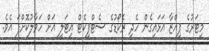
މީޓަރުގެ ޕިއްޒާ އަޅައިގެން ހެދި ރެކޯޑުގެ ސެޓްފިކެޓް އިޓަލީ އަށް ހަވާލުކޮށްފަ އެވެ.